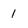
Character: 1